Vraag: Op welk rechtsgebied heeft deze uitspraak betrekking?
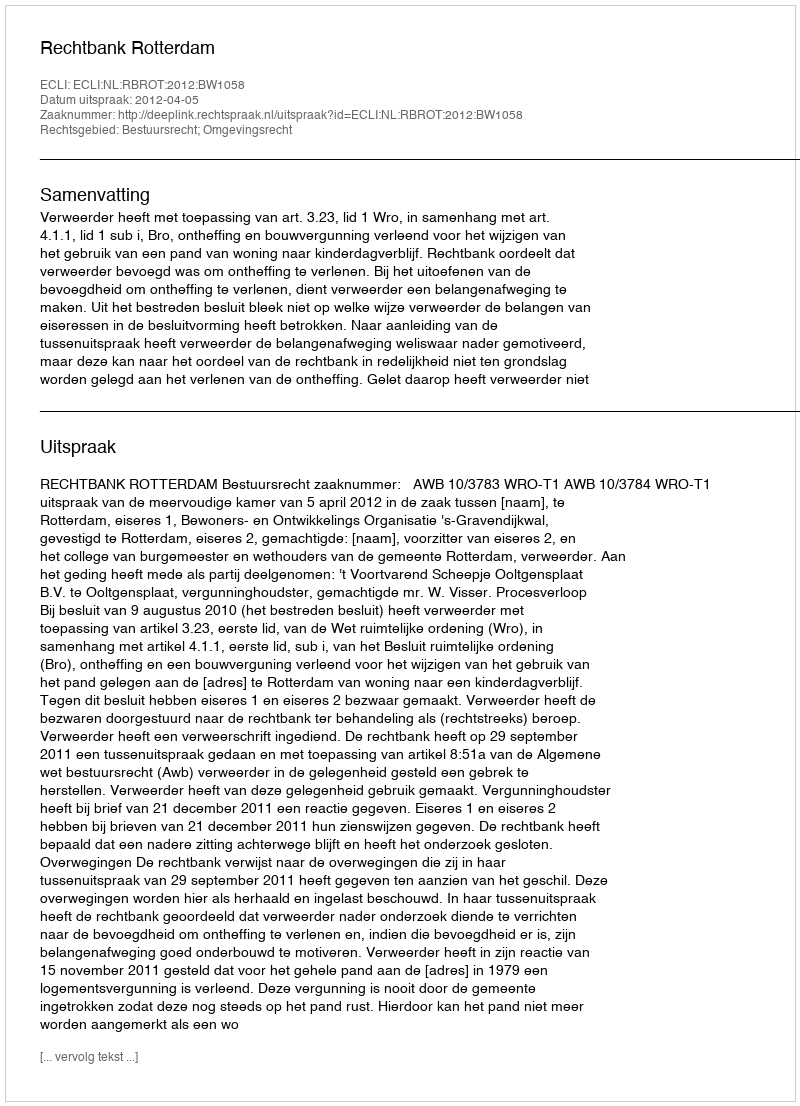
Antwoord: Bestuursrecht; Omgevingsrecht